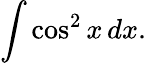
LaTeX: \int\cos^{2}x\, dx.